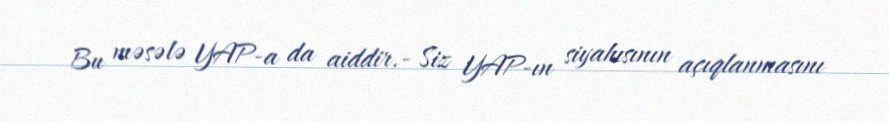
Bu məsələ YAP-a da aiddir.- Siz YAP-ın siyahısının açıqlanmasını